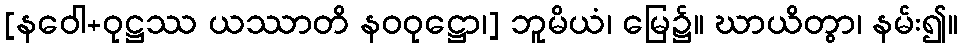
[နဝေါ+ဝုဋ္ဌဿ ယဿာတိ နဝဝုဋ္ဌော၊] ဘူမိယံ၊ မြေ၌။ ဃာယိတွာ၊ နမ်း၍။